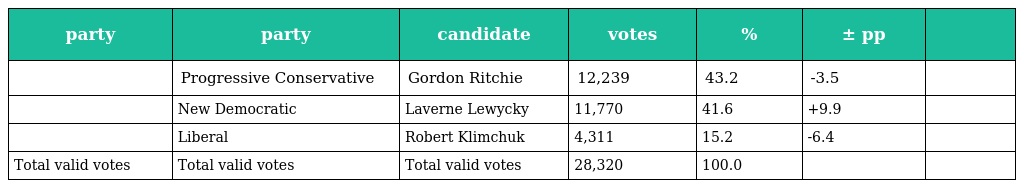
| party | party | candidate | votes | % | ± pp |  |
 | --- | --- | --- | --- | --- | --- | --- |
 |  | Progressive Conservative | Gordon Ritchie | 12,239 | 43.2 | -3.5 |  |
 |  | New Democratic | Laverne Lewycky | 11,770 | 41.6 | +9.9 |  |
 |  | Liberal | Robert Klimchuk | 4,311 | 15.2 | -6.4 |  |
 | Total valid votes | Total valid votes | Total valid votes | 28,320 | 100.0 |  |  |